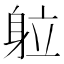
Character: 䠴